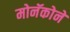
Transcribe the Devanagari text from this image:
मोनॅकोने